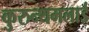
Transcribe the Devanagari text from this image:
कुरुन्थमलाई